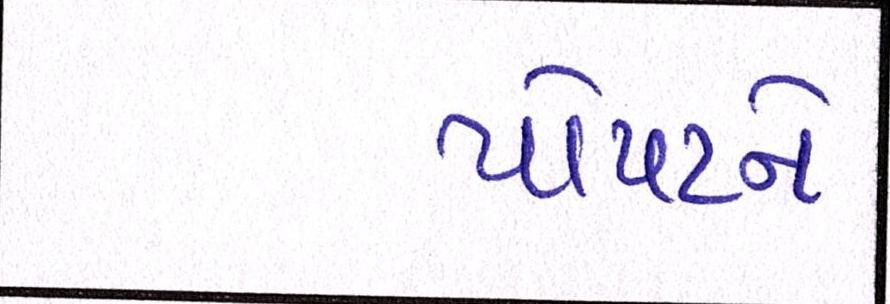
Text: પોપટને